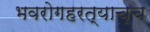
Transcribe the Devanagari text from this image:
भवरोगहरत्याच्च